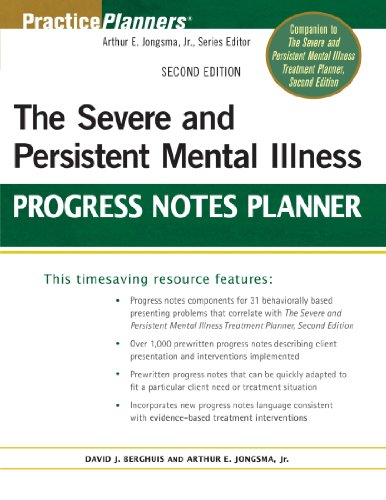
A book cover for The Severe and Persistent Mental Illness Progress Notes Planner; Arthur E. Jongsma Jr.; Medical Books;